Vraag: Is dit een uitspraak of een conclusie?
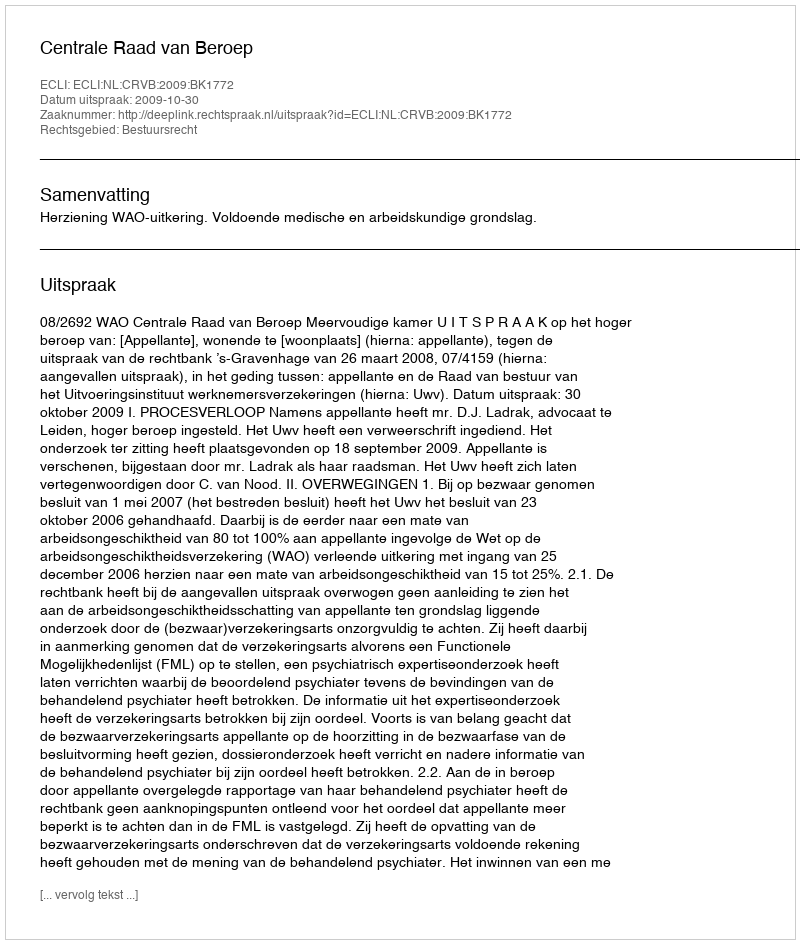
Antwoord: Uitspraak